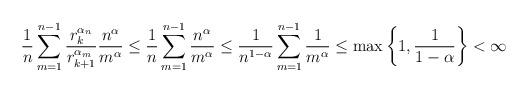
LaTeX: \begin{align*}\frac{1}{n}\sum_{m=1}^{n-1}\frac{r_k^{\alpha_n}}{r_{k+1}^{\alpha_m}}\frac{n^\alpha}{m^\alpha}\leq \frac{1}{n}\sum_{m=1}^{n-1}\frac{n^\alpha}{m^\alpha}\leq \frac{1}{n^{1-\alpha}}\sum_{m=1}^{n-1}\frac{1}{m^\alpha}\leq \max\left\{1,\frac{1}{1-\alpha}\right\}<\infty\end{align*}